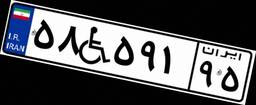
۶۴W۱۶۱۱۲